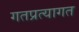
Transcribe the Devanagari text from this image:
गतप्रत्यागत